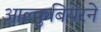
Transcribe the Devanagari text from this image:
आल्कुबियेरने